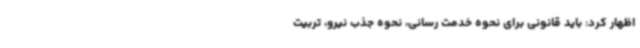
اظهار کرد: باید قانونی برای نحوه خدمت رسانی، نحوه جذب نیرو، تربیت